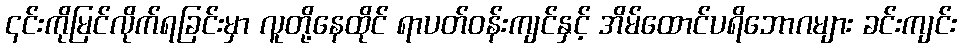
၎င်းကိုမြင်လိုက်ရခြင်းမှာ လူတို့နေထိုင် ရာပတ်ဝန်းကျင်နှင့် အိမ်ထောင်ပရိဘောဂများ ခင်းကျင်း